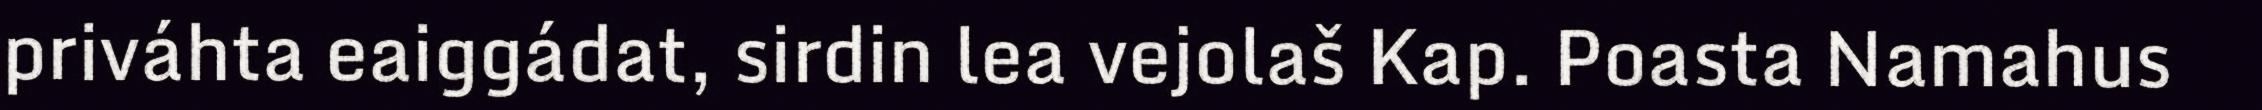
priváhta eaiggádat, sirdin lea vejolaš Kap. Poasta Namahus